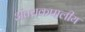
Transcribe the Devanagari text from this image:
अंतराकपालीय